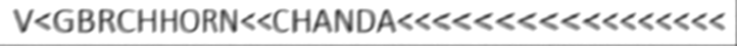
V<GBRCHHORN<<CHANDA<<<<<<<<<<<<<<<<<